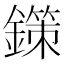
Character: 鏼